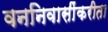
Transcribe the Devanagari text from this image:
वननिवासींकरीता